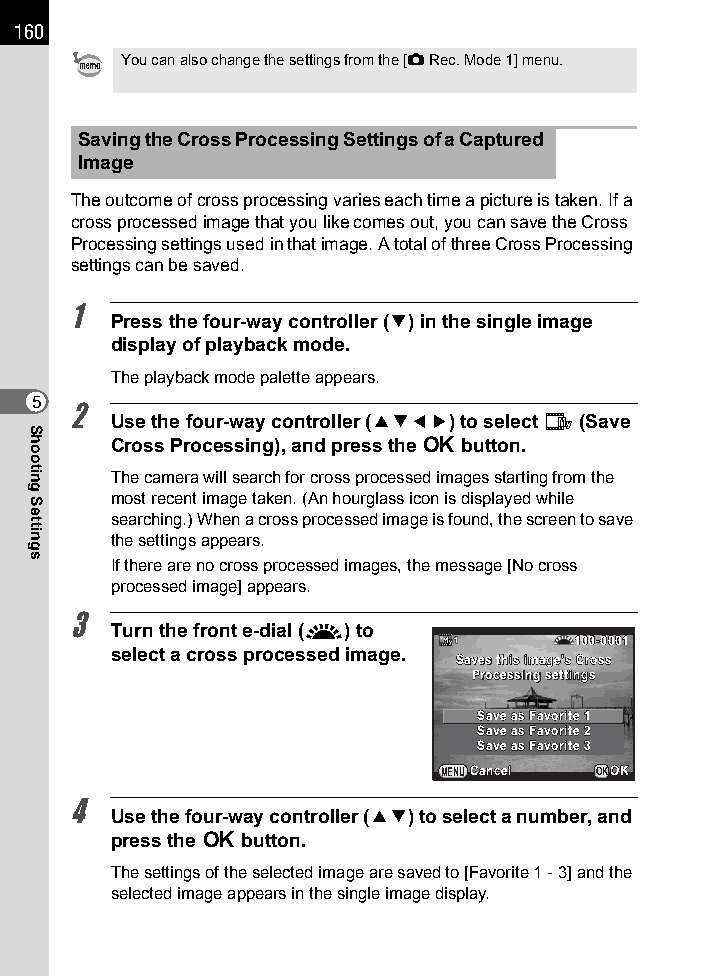
160
 You can also change the settings from the [A Rec. Mode 1] menu.
 Saving the Cross Processing Settings of a Captured
 Image
 The outcome of cross processing varies each time a picture is taken. If a
 cross processed image that you like comes out, you can save the Cross
 Processing settings used in that image. A total of three Cross Processing
 settings can be saved.
 1
 Press the four-way controller (3) in the single image
 display of playback mode.
 The playback mode palette appears.
 5
 2
 Use the four-way controller (2345) to select s (Save
 Cross Processing), and press the 4 button.
 The camera will search for cross processed images starting from the
 most recent image taken. (An hourglass icon is displayed while
 searching.) When a cross processed image is found, the screen to save
 the settings appears.
 If there are no cross processed images, the message [No cross
 processed image] appears.
 3
 Turn the front e-dial (R) to
 110000--00000011
 select a cross processed image.
 SSaavveess tthhiiss iimmaaggee''ss CCrroossss
 PPrroocceessssiinngg sseettttiinnggss
 SSaavvee aass FFaavvoorriittee 11
 SSaavvee aass FFaavvoorriittee 22
 SSaavvee aass FFaavvoorriittee 33
 MENUCCaanncceell OKOOKK
 4
 Use the four-way controller (23) to select a number, and
 press the 4 button.
 The settings of the selected image are saved to [Favorite 1 - 3] and the
 selected image appears in the single image display.
 Shooting
 Settings